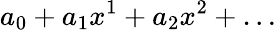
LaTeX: a_{0}+a_{1}x^{1}+a_{2}x^{2}+\dots